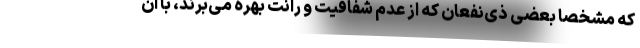
که مشخصا بعضی ذی‌نفعان که از عدم شفافیت و رانت بهره می‌برند، با آن